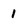
Character: 1